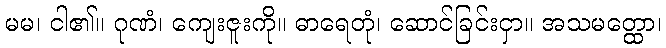
မမ၊ ငါ၏။ ဂုဏံ၊ ကျေးဇူးကို။ ဓာရေတုံ၊ ဆောင်ခြင်းငှာ။ အသမတ္ထော၊